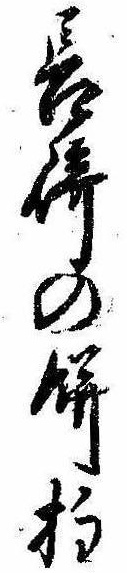
長崎の餅柱